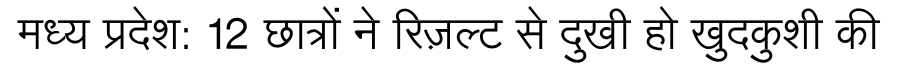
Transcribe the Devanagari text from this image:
मध्य प्रदेश: 12 छात्रों ने रिज़ल्ट से दुखी हो खुदकुशी की